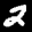
Digit: 2